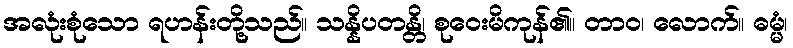
အလုံးစုံသော ရဟန်းတို့သည်။ သန္နိပတန္တိ၊ စုဝေးမိကုန်၏။ တာဝ၊ လောက်။ ဓမ္မံ၊